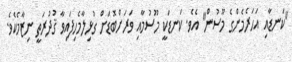
"ކަނޑާއި އަހަރެމެންގެ މޫސުން" އެވެ. ކަނޑަކީ މޫސުމާއި ވަރަށްބޮޑަށް ގުޅިލާމެހިފައިވާ ޤުދުރަތީ ނިޒާމެކެވެ.